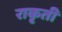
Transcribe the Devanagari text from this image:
राकृती